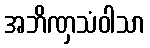
အဘိဏှသံဝါသာ